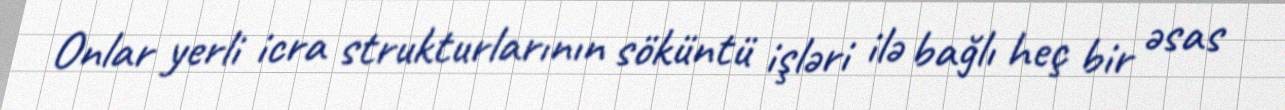
Onlar yerli icra strukturlarının söküntü işləri ilə bağlı heç bir əsas